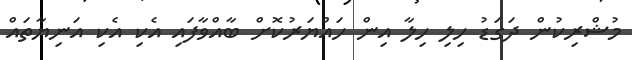
މުޝްރިކުން ދަގަޑު ހިލި ހިލާ އިން ހައްޔަރުކޮށް ބާއްވާފައި އެކި އެކި އަނިޔާތައް